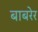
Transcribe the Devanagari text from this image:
बाबरेर